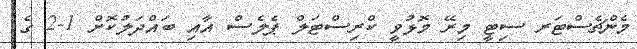
މެންޗެސްޓަރ ސިޓީ މިރޭ މޮޅުވީ ކްރިސްޓަލް ޕެލެސް އާއި ބައްދަލުކޮށް 1-2 ގެ